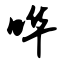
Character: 哗